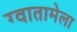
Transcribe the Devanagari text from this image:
ग्वातामेला